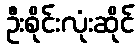
ဦးစိုင်းလုံးဆိုင်